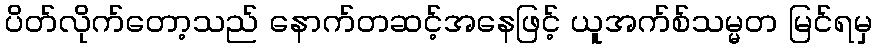
ပိတ်လိုက်တော့သည် နောက်တဆင့်အနေဖြင့် ယူအက်စ်သမ္မတ မြင်ရမှ